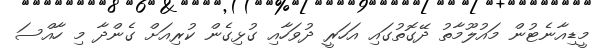
މީޑިއާނެޓުން މައުލޫމާތު ދޭގޮތުގައި އަހަރީ ދުވަހާއި ގުޅިގެން ކުރިއަށް ގެންދާ މި ހާއްސަ